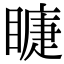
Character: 𥊆